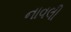
નાવલી